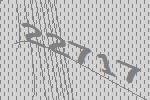
22717